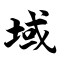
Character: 域